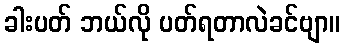
ခါးပတ် ဘယ်လို ပတ်ရတာလဲခင်ဗျာ။